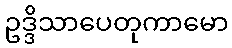
ဥဒ္ဒိသာပေတုကာမော